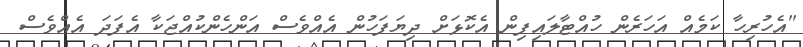
"އެހުރިހާ ކަމެއް އަހަރެން ހުއްޓާލައިފިން އެކޮޅަށް ދިޔަފަހުން އެއްވެސް އަންހެންކުއްޖަކާ އެފަދަ އެއްވެސް